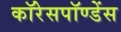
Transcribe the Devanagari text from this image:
कॉरेसपॉण्डेंस